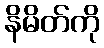
နိမိတ်ကို